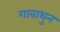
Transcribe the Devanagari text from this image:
गावाथुन